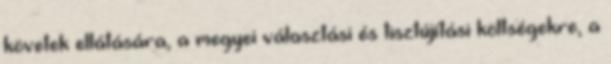
követek ellátására, a megyei választási és tisztújítási költségekre, a